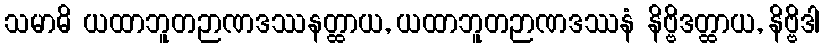
သမာဓိ ယထာဘူတဉာဏဒဿနတ္ထာယ, ယထာဘူတဉာဏဒဿနံ နိဗ္ဗိဒတ္ထာယ, နိဗ္ဗိဒါ